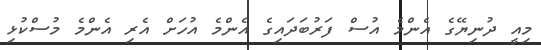
މިއީ ދުނިޔޭގެ އެންމެ އުސް ފަރުބަދައިގެ އެންމެ އުހަށް އެރި އެންމެ މުސްކުޅި